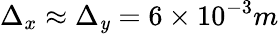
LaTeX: \Delta_{x}\approx\Delta_{\mathit{y}}=6\times10^{-3}m